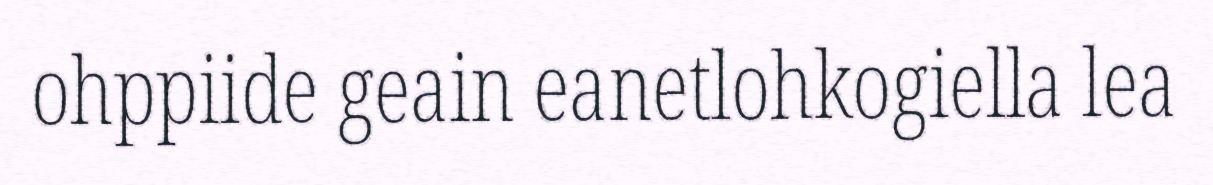
ohppiide geain eanetlohkogiella lea